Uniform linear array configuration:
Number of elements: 16
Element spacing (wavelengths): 1
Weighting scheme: exponential
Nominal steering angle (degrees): -30
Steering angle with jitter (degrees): -30.113
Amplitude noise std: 0.05
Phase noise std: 0.05

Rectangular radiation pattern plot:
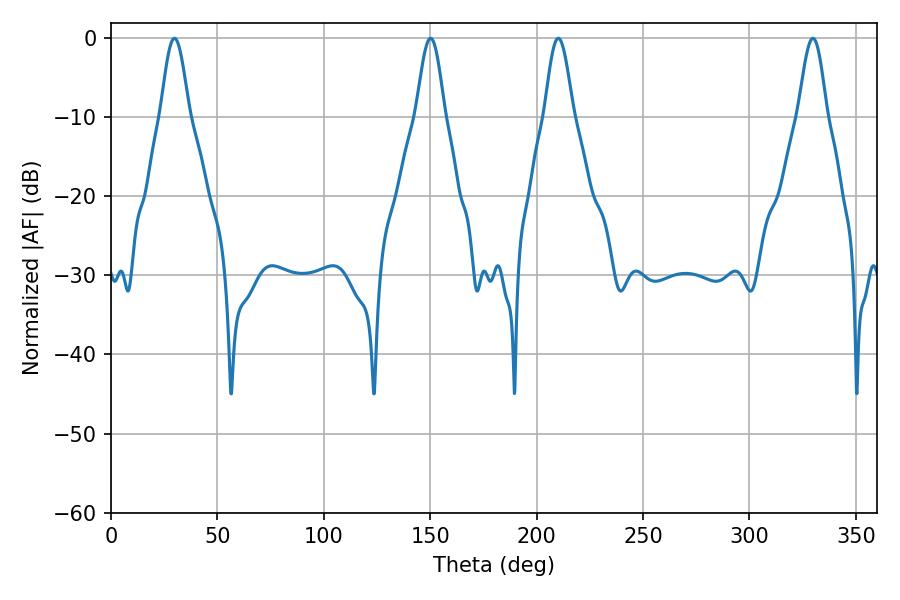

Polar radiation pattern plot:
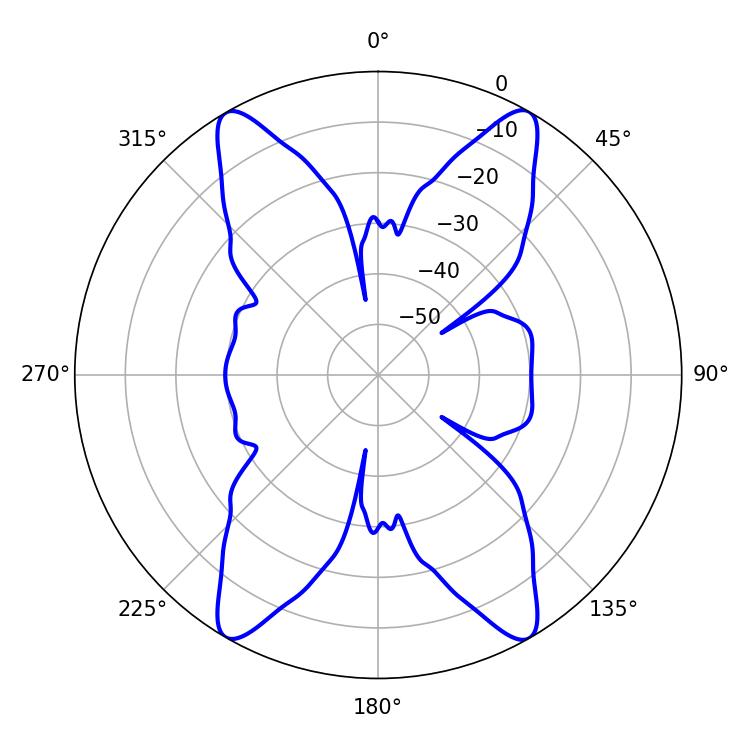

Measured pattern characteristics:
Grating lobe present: TRUE
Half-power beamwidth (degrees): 7.2
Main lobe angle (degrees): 29.88